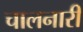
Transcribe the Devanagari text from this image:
चालनारी